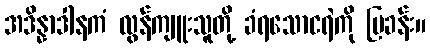
အဒိန္နာဒါနကံ လွန်ကျူးသူတို့ ခံရသောငရဲကို ပြခန်း။